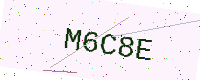
Text: M6C8E